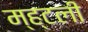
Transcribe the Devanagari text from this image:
म्ह्टली